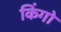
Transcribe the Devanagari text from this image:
किंगो